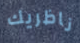
ناظريك